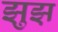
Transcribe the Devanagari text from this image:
झ़ुझ़